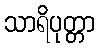
သာရိပုတ္တာ